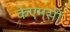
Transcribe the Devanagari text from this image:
केएमसी